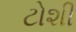
ટોશી